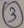
Text: 3